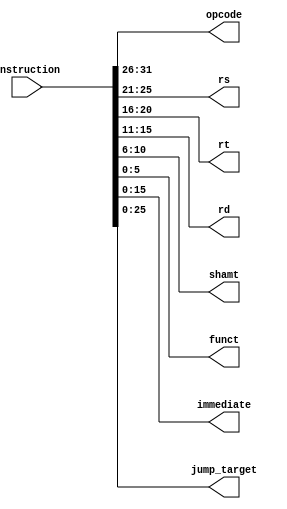
// 2016 Ryan Leonard
// Decoder Module
//
//    R-type
//  opcode   rs    rt     rd    shamt   alu_function
//  ______ ______ ______ ______ ______ ______
// |______|______|______|______|______|______|
//   6bit   5bit   5bit   5bit   5bit   6bit
//
//
//    I-type
//  opcode   rs     rt     immediate
//  ______ ______ ______ ____________________
// |______|______|______|____________________|
//   6bit   5bit   5bit       16bit
//
//    J-type
//  opcode           jump_target
//  ______ __________________________________
// |______|__________________________________|
//   6bit            26bit
//

module decoder_32(
  instruction,
  opcode,
  rs,
  rt,
  rd,
  shamt,
  funct,
  immediate,
  jump_target
);

input wire [31:0]  instruction;
output wire [5:0] opcode;
output wire [4:0] rs;
output wire [4:0] rt;
output wire [4:0] rd;
output wire [4:0] shamt;
output wire [5:0] funct;
output wire [15:0] immediate;
output wire [25:0] jump_target;

assign opcode       = instruction[31:26];
assign rs           = instruction[25:21];
assign rt           = instruction[20:16];
assign rd           = instruction[15:11];
assign shamt        = instruction[10:06];
assign funct        = instruction[05:00];
assign immediate    = instruction[15:00];
assign jump_target  = instruction[25:00];

endmodule